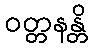
ဝတ္တနန္တိ